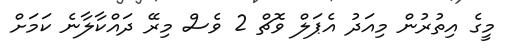
މީގެ އިތުރުން މިއަދު އެޕަލް ވޮޗް 2 ވެސް މިރޭ ދައްކާލާނެ ކަމަށް